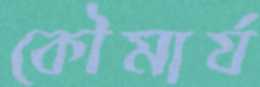
কৌমার্য